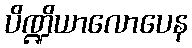
ပိဏ္ဍိယာလောပေန